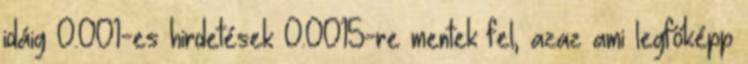
idáig 0.001-es hirdetések 0.0015-re mentek fel, azaz ami legfőképp